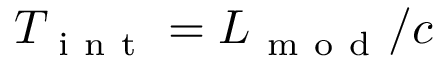
T _ { \mathrm { ~ i ~ n ~ t ~ } } = L _ { \mathrm { ~ m ~ o ~ d ~ } } / c